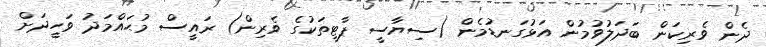
ދެން ވެރިކަން ބަދަލުވުމުން އަޅުގަނޑުމެން (ސިޔާސީ ޕާޓީތަކުގެ ވެރިން) ރައީސް މުޙައްމަދު ވަހީދަށް